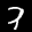
Label: 7